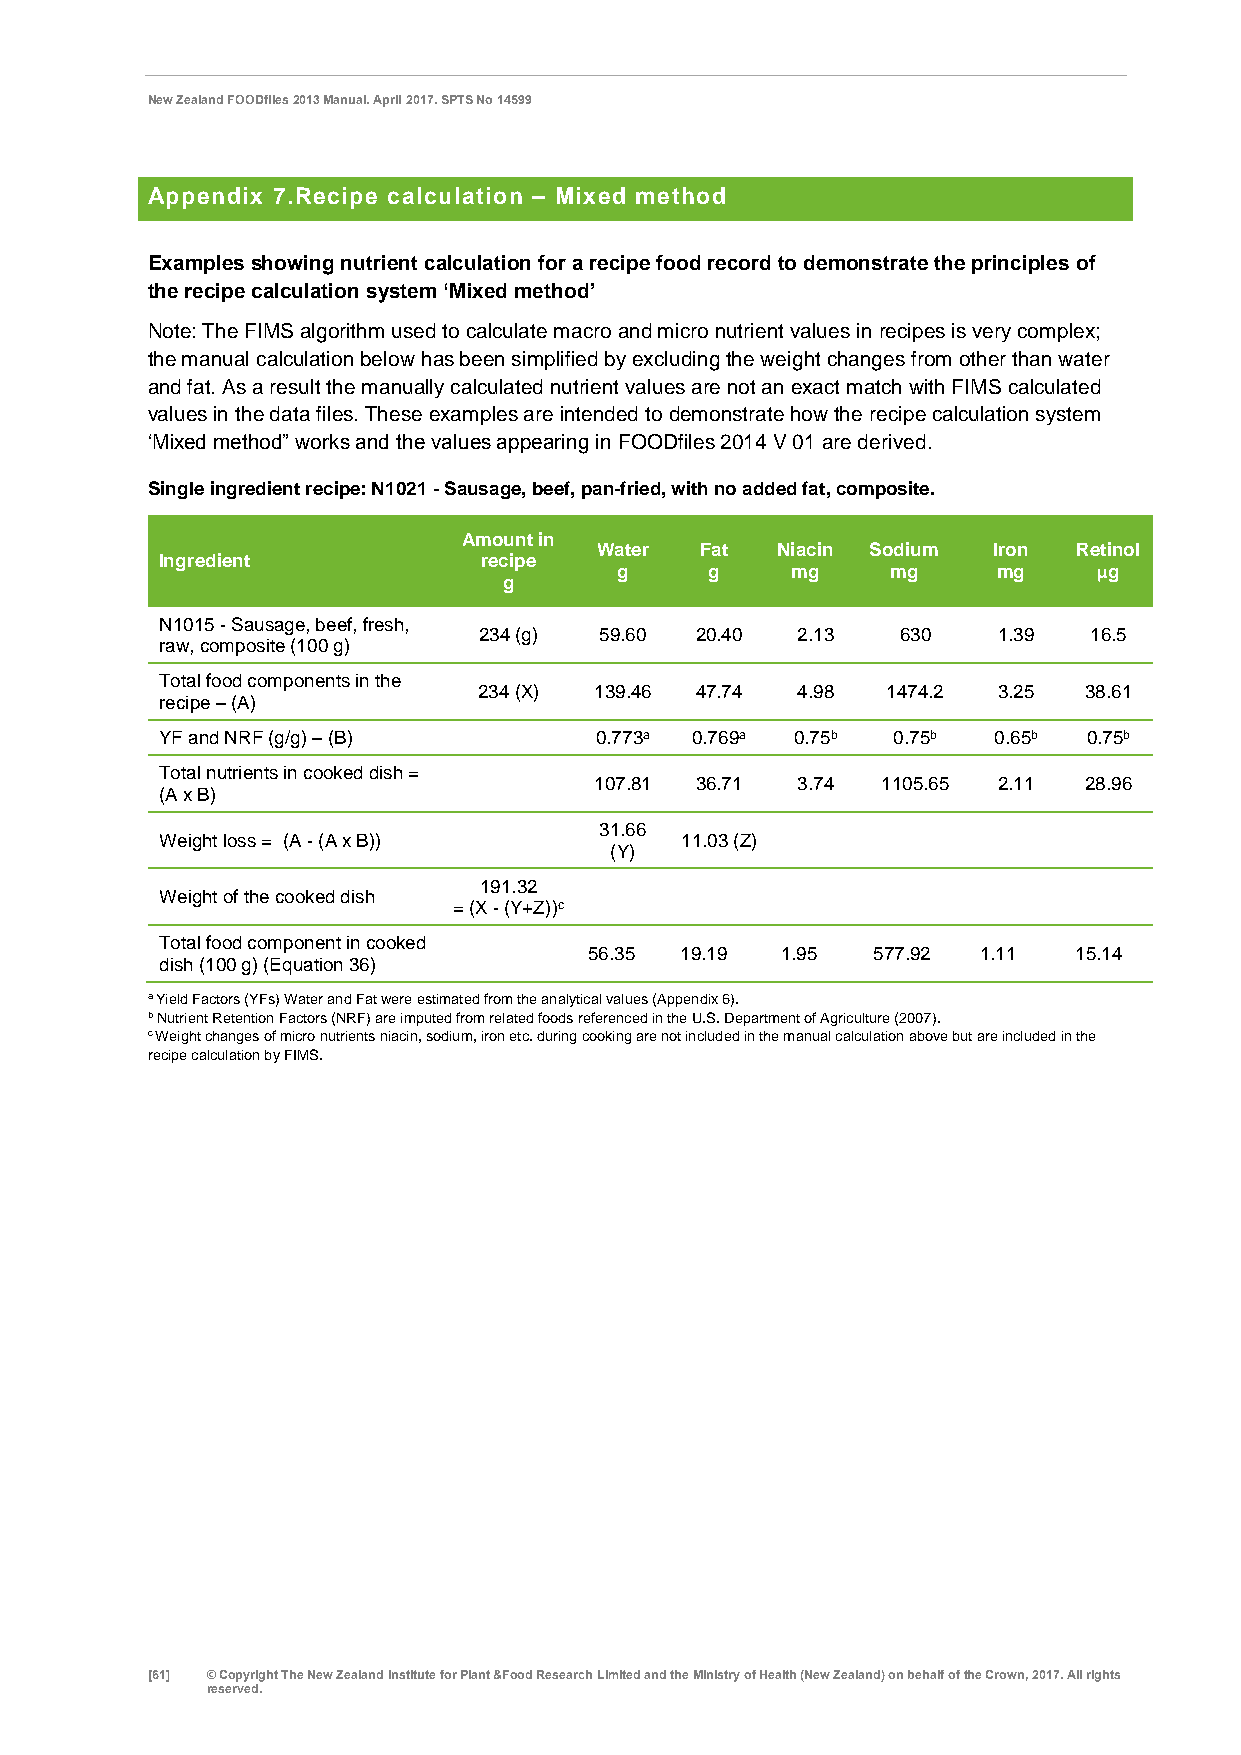
New Zealand FOODfiles 2013 Manual. April 2017. SPTS No 14599
 Appendix 7.Recipe calculation – Mixed method
 Examples showing nutrient calculation for a recipe food record to demonstrate the principles of
 the recipe calculation system ‘Mixed method’
 Note: The FIMS algorithm used to calculate macro and micro nutrient values in recipes is very complex;
 the manual calculation below has been simplified by excluding the weight changes from other than water
 and fat. As a result the manually calculated nutrient values are not an exact match with FIMS calculated
 values in the data files. These examples are intended to demonstrate how the recipe calculation system
 ‘Mixed method” works and the values appearing in FOODfiles 2014 V 01 are derived.
 Single ingredient recipe: N1021 - Sausage, beef, pan-fried, with no added fat, composite.
 Amount in
 Water  Fat  Niacin Sodium  Iron Retinol
 Ingredient           recipe
 g     g    mg     mg     mg     µg
 g
 N1015 - Sausage, beef, fresh,
 234 (g) 59.60 20.40  2.13   630   1.39  16.5
 raw, composite (100 g)
 Total food components in the
 234 (X) 139.46 47.74 4.98  1474.2 3.25  38.61
 recipe – (A)
 YF and NRF (g/g) – (B)      0.773a 0.769a 0.75b 0.75b  0.65b 0.75b
 Total nutrients in cooked dish =
 107.81 36.71  3.74 1105.65 2.11  28.96
 (A x B)
 31.66
 Weight loss = (A - (A x B))       11.03 (Z)
 (Y)
 191.32
 Weight of the cooked dish
 = (X - (Y+Z))c
 Total food component in cooked
 56.35 19.19  1.95  577.92 1.11  15.14
 dish (100 g) (Equation 36)
 a Yield Factors (YFs) Water and Fat were estimated from the analytical values (Appendix 6).
 b Nutrient Retention Factors (NRF) are imputed from related foods referenced in the U.S. Department of Agriculture (2007).
 c Weight changes of micro nutrients niacin, sodium, iron etc. during cooking are not included in the manual calculation above but are included in the
 recipe calculation by FIMS.
 [61] © Copyright The New Zealand Institute for Plant &Food Research Limited and the Ministry of Health (New Zealand) on behalf of the Crown, 2017. All rights
 reserved.